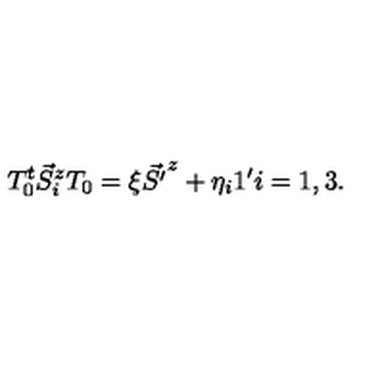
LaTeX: T _ { 0 } ^ { t } \vec { S } _ { i } ^ { z } T _ { 0 } = \xi \vec { S ^ { \prime } } ^ { z } + \eta _ { i } 1 ^ { \prime } i = 1 , 3 .